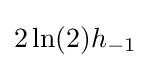
2\ln(2)h_{-1}